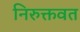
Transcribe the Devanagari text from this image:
निरुक्तवत